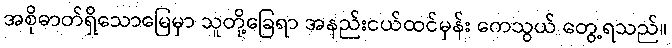
အစိုဓာတ်ရှိသောမြေမှာ သူတို့ခြေရာ အနည်းငယ်ထင်မှန်း ကေသွယ် တွေ့ရသည်။